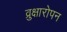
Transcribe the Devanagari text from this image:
व्रुक्षारोपन